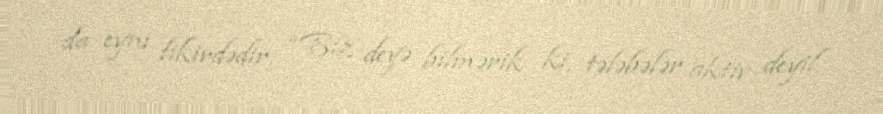
da eyni fikirdədir: “Biz deyə bilmərik ki, tələbələr aktiv deyil.